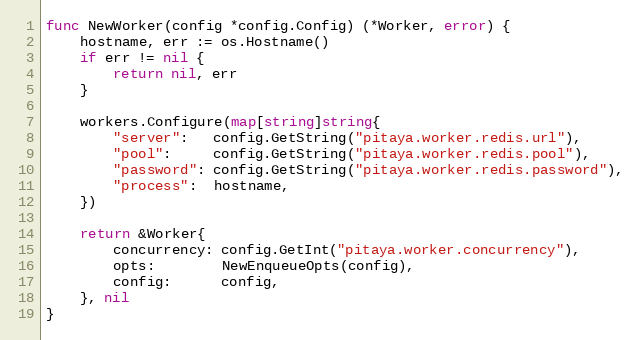
Language: Go
func NewWorker(config *config.Config) (*Worker, error) {
	hostname, err := os.Hostname()
	if err != nil {
		return nil, err
	}

	workers.Configure(map[string]string{
		"server":   config.GetString("pitaya.worker.redis.url"),
		"pool":     config.GetString("pitaya.worker.redis.pool"),
		"password": config.GetString("pitaya.worker.redis.password"),
		"process":  hostname,
	})

	return &Worker{
		concurrency: config.GetInt("pitaya.worker.concurrency"),
		opts:        NewEnqueueOpts(config),
		config:      config,
	}, nil
}